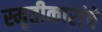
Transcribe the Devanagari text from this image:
स्मृतीकारांचे